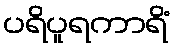
ပရိပူရကာရိံ